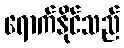
ရောက်နိုင်သည်